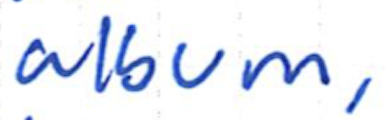
Text: album,
Cross-out: clean
Writing tool: ballpoint